Civil Veterinary Department Bengal reports 1923-33 - 1923-1933
Year: 1923
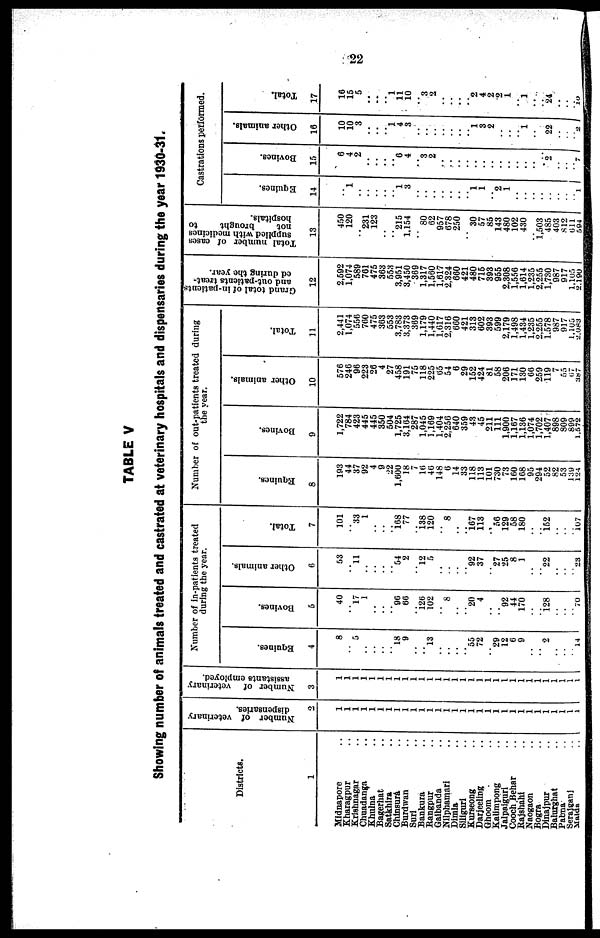
22
TABLE V
Showing number of animals treated and castrated at veterinary hospitals and dispensaries during the year 1930-31.
Districts.
1
Midnapore ..
Kharagpur ..
Krishnagar ..
Chuadanga ..
Khulna ..
Bagerhat ..
Satkhira ..
Chinsura ..
Burdwan ..
Suri ..
Bankura ..
Rangpur ..
Gaibanda ..
Nilphamari ..
Dimla ..
Siliguri ..
Kurseong ..
Darjeeling ..
Ghoom ..
Kalimpong ..
Jalpaiguri ..
Cooch Behar ..
Rajshahi ..
Naogaon ..
Bogra ..
Dinajpur ..
Balurghat ..
Pabna ..
Seraiganj ..
Maida ..
Number of veterinary
dispensaries.
2
1
1
1
1
1
1
1
1
1
1
1
1
1
1
1
1
1
1
1
1
1
1
1
1
1
1
1
1
1 1
Number of veterinary
assistants employed.
3
1
1
1
1
1
1
1
1
1
1
1
1
1
1
1
1
1
1
1
1
1
1
1
1
1
1
1
1
1
1
Number of in-patients treated
during the year.
Equines.
4
8
..
5
..
..
..
..
18
9
..
..
13
..
..
..
..
55
72
..
29
12
6
9
..
..
9
..
..
..
14
Bovines.
5
40
..
l7
1
..
..
..
96 66
..
126 102
..
8
..
..
20
4
..
..
92
44
170
..
..
128
..
..
..
70
Other animals.
6
53
..
11
..
..
..
..
54 2
..
l2
5
..
..
..
..
92
37
..
27
25
8
1
..
..
22
..
..
..
23
Total.
7
101
..
33 1
..
..
..
168 77
..
138 120
..
8
..
..
167 113
.. 50
129
58
180
..
..
152
..
..
..
107
Number of out-patients treated during
the year.
Equines.
8
193
44
37
92
4
9
22
1,600
18
7
10
40
148
6
14
33
118
113
101
730
73
100
108
95
294
52
82
53
139
124
Bovines.
9
1,722
784
423
445
445
350
504
1,725
3,164
287
1,045
1,169
1,404
2,250
640
359
43
45
211
111
1,900
1,167
1,136
1,074
1,702
1,407
898
809
899
1.572
Other animals.
10
576
246
96
223
26
4
27
458
191
75
118
225
05
54
6
29
152
424
81
58
206
171
130
66
259
119
7
55
67
387
Total.
11
2,441
1,074
556
700
475
303
553
3,783
3,373
369
1,179
1,440
1,017
2,316
660
421
313
602
393
599
2,179
1,498
1,434
1,235
2,255
1,578
987
917
1,105
2,083
Grand total of in-patient
and out-patients treat-
ed during the year.
12
2,592
1,074
589
761
475
363
553
3,951
3,450
369
1,317
1,560
1,617
2,324
660
421
480
716
393
955
2,308
1,556
1,614
1,235
2,255
1,730
987
917
1.105
2,190
Total number of cases
supplied with medicines
not
brought
to
hospitals.
13
450
120
..
231
123
..
..
215
1,154
..
80
62
957
678
250
..
30
57
85
143
480
102
430
..
1,503
485
403
812
611
594
Castrations performed.
Equines.
14
..
1
..
..
..
..
..
1 3
..
..
..
..
..
..
..
1 1
..
2
1
..
..
..
..
..
..
..
.. 1
Bovines.
15
6
4
2
..
..
..
..
6 4
..
3 2
..
..
..
..
..
..
..
..
..
..
..
..
..
2
..
..
.. 7
Other animals.
16
10
10
3
..
..
..
1 4
8
..
..
..
..
..
..
..
1 3
2
..
..
..
1
..
..
22
..
..
..
..
Total.
17
16
15
5
..
..
..
1 11
10
..
3
2
..
..
..
..
2 4
2
2
1
..
1
..
..
24
..
..
..
10